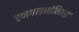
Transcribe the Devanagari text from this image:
रणगाड्यांविरुद्ध